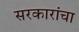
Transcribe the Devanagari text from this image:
सरकारांचा